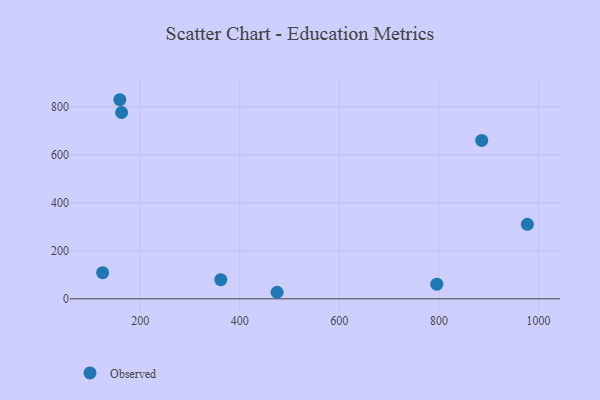
{"axis": {"x": "Price", "y": "Demand"}, "legend": ["Observed"], "data": [{"x": "977.6", "y": 310.0, "type": "Observed"}, {"x": "885.9", "y": 659.1, "type": "Observed"}, {"x": "159.2", "y": 828.7, "type": "Observed"}, {"x": "475.0", "y": 27.2, "type": "Observed"}, {"x": "361.9", "y": 79.5, "type": "Observed"}, {"x": "124.6", "y": 108.6, "type": "Observed"}, {"x": "162.7", "y": 775.6, "type": "Observed"}, {"x": "795.7", "y": 61.0, "type": "Observed"}]}